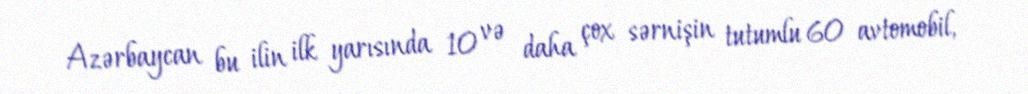
Azərbaycan bu ilin ilk yarısında 10 və daha çox sərnişin tutumlu 60 avtomobil,